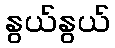
နွယ်နွယ်